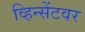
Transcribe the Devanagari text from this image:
व्हिन्सेंटवर